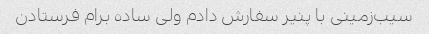
سیب‌زمینی با پنیر سفارش دادم ولی ساده برام فرستادن